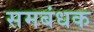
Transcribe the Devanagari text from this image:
समबंधक